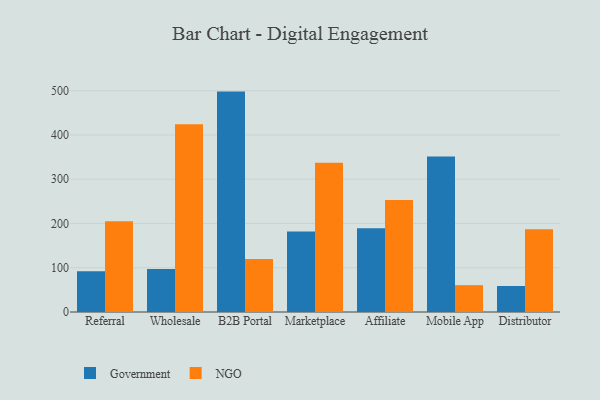
{"axis": {"x": "Channel", "y": "Tickets Resolved"}, "legend": ["Government", "NGO"], "data": [{"x": "Referral", "y": 91.8, "type": "Government"}, {"x": "Referral", "y": 204.9, "type": "NGO"}, {"x": "Wholesale", "y": 97.3, "type": "Government"}, {"x": "Wholesale", "y": 424.0, "type": "NGO"}, {"x": "B2B Portal", "y": 498.0, "type": "Government"}, {"x": "B2B Portal", "y": 119.9, "type": "NGO"}, {"x": "Marketplace", "y": 182.1, "type": "Government"}, {"x": "Marketplace", "y": 337.3, "type": "NGO"}, {"x": "Affiliate", "y": 189.3, "type": "Government"}, {"x": "Affiliate", "y": 253.2, "type": "NGO"}, {"x": "Mobile App", "y": 351.1, "type": "Government"}, {"x": "Mobile App", "y": 60.7, "type": "NGO"}, {"x": "Distributor", "y": 58.8, "type": "Government"}, {"x": "Distributor", "y": 187.0, "type": "NGO"}]}